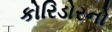
કોરિડોરનો